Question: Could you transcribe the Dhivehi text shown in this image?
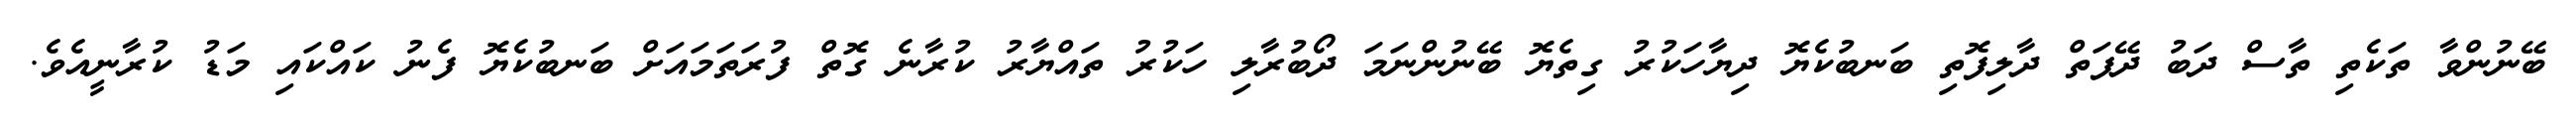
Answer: ބޭނުންވާ ތަކެތި ތާސް ދަބު ދޭފަތް ދާލިފޮތި ބަނބުކެޔޮ ދިޔާހަކުރު ގިތެޔޮ ބޭނުންނަމަ ދޯބުރާލި ހަކުރު ތައްޔާރު ކުރާނެ ގޮތް ފުރަތަމައަށް ބަނބުކެޔޮ ފެނު ކައްކައި މަޑު ކުރާނީއެވެ.